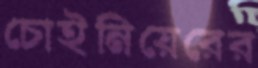
চোইনিয়েরের